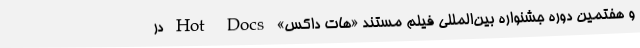
و هفتمین دوره جشنواره بین‌المللی فیلم مستند «هات داکس» Hot Docs در